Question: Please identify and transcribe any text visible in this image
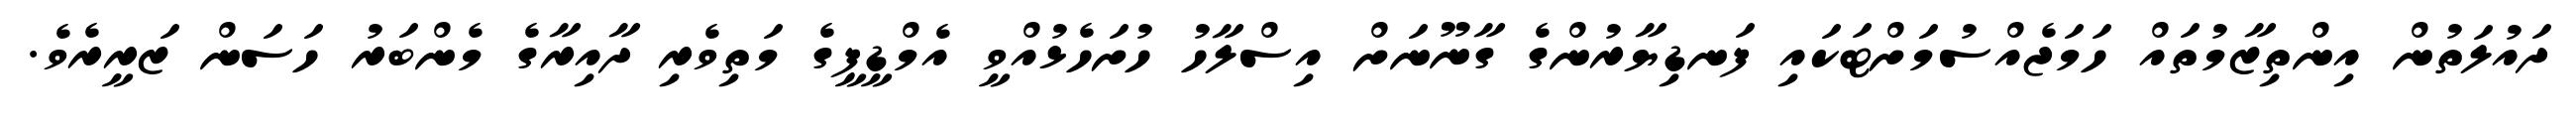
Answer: ދައުލަތުން އިންތިޒާމުތައް ހަމަޖެއްސުމަށްޓަކައި ފަނޑިޔާރުންގެ ގާނޫނަށް އިސްލާހު ހުށަހެޅުއްވީ އެމްޑީޕީގެ މަތިވެރި ދާއިރާގެ މެންބަރު ހަސަން ޒަރީރެވެ.